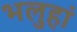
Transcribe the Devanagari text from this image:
भलुहां